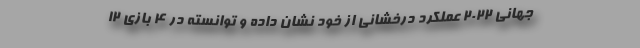
جهانی ۲۰۲۲ عملکرد درخشانی از خود نشان داده و توانسته در ۴ بازی ۱۲